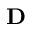
\mathbf { D }